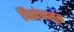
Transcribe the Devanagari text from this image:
पिठांपासून